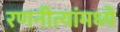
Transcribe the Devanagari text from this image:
रणनीत्यांमध्ये